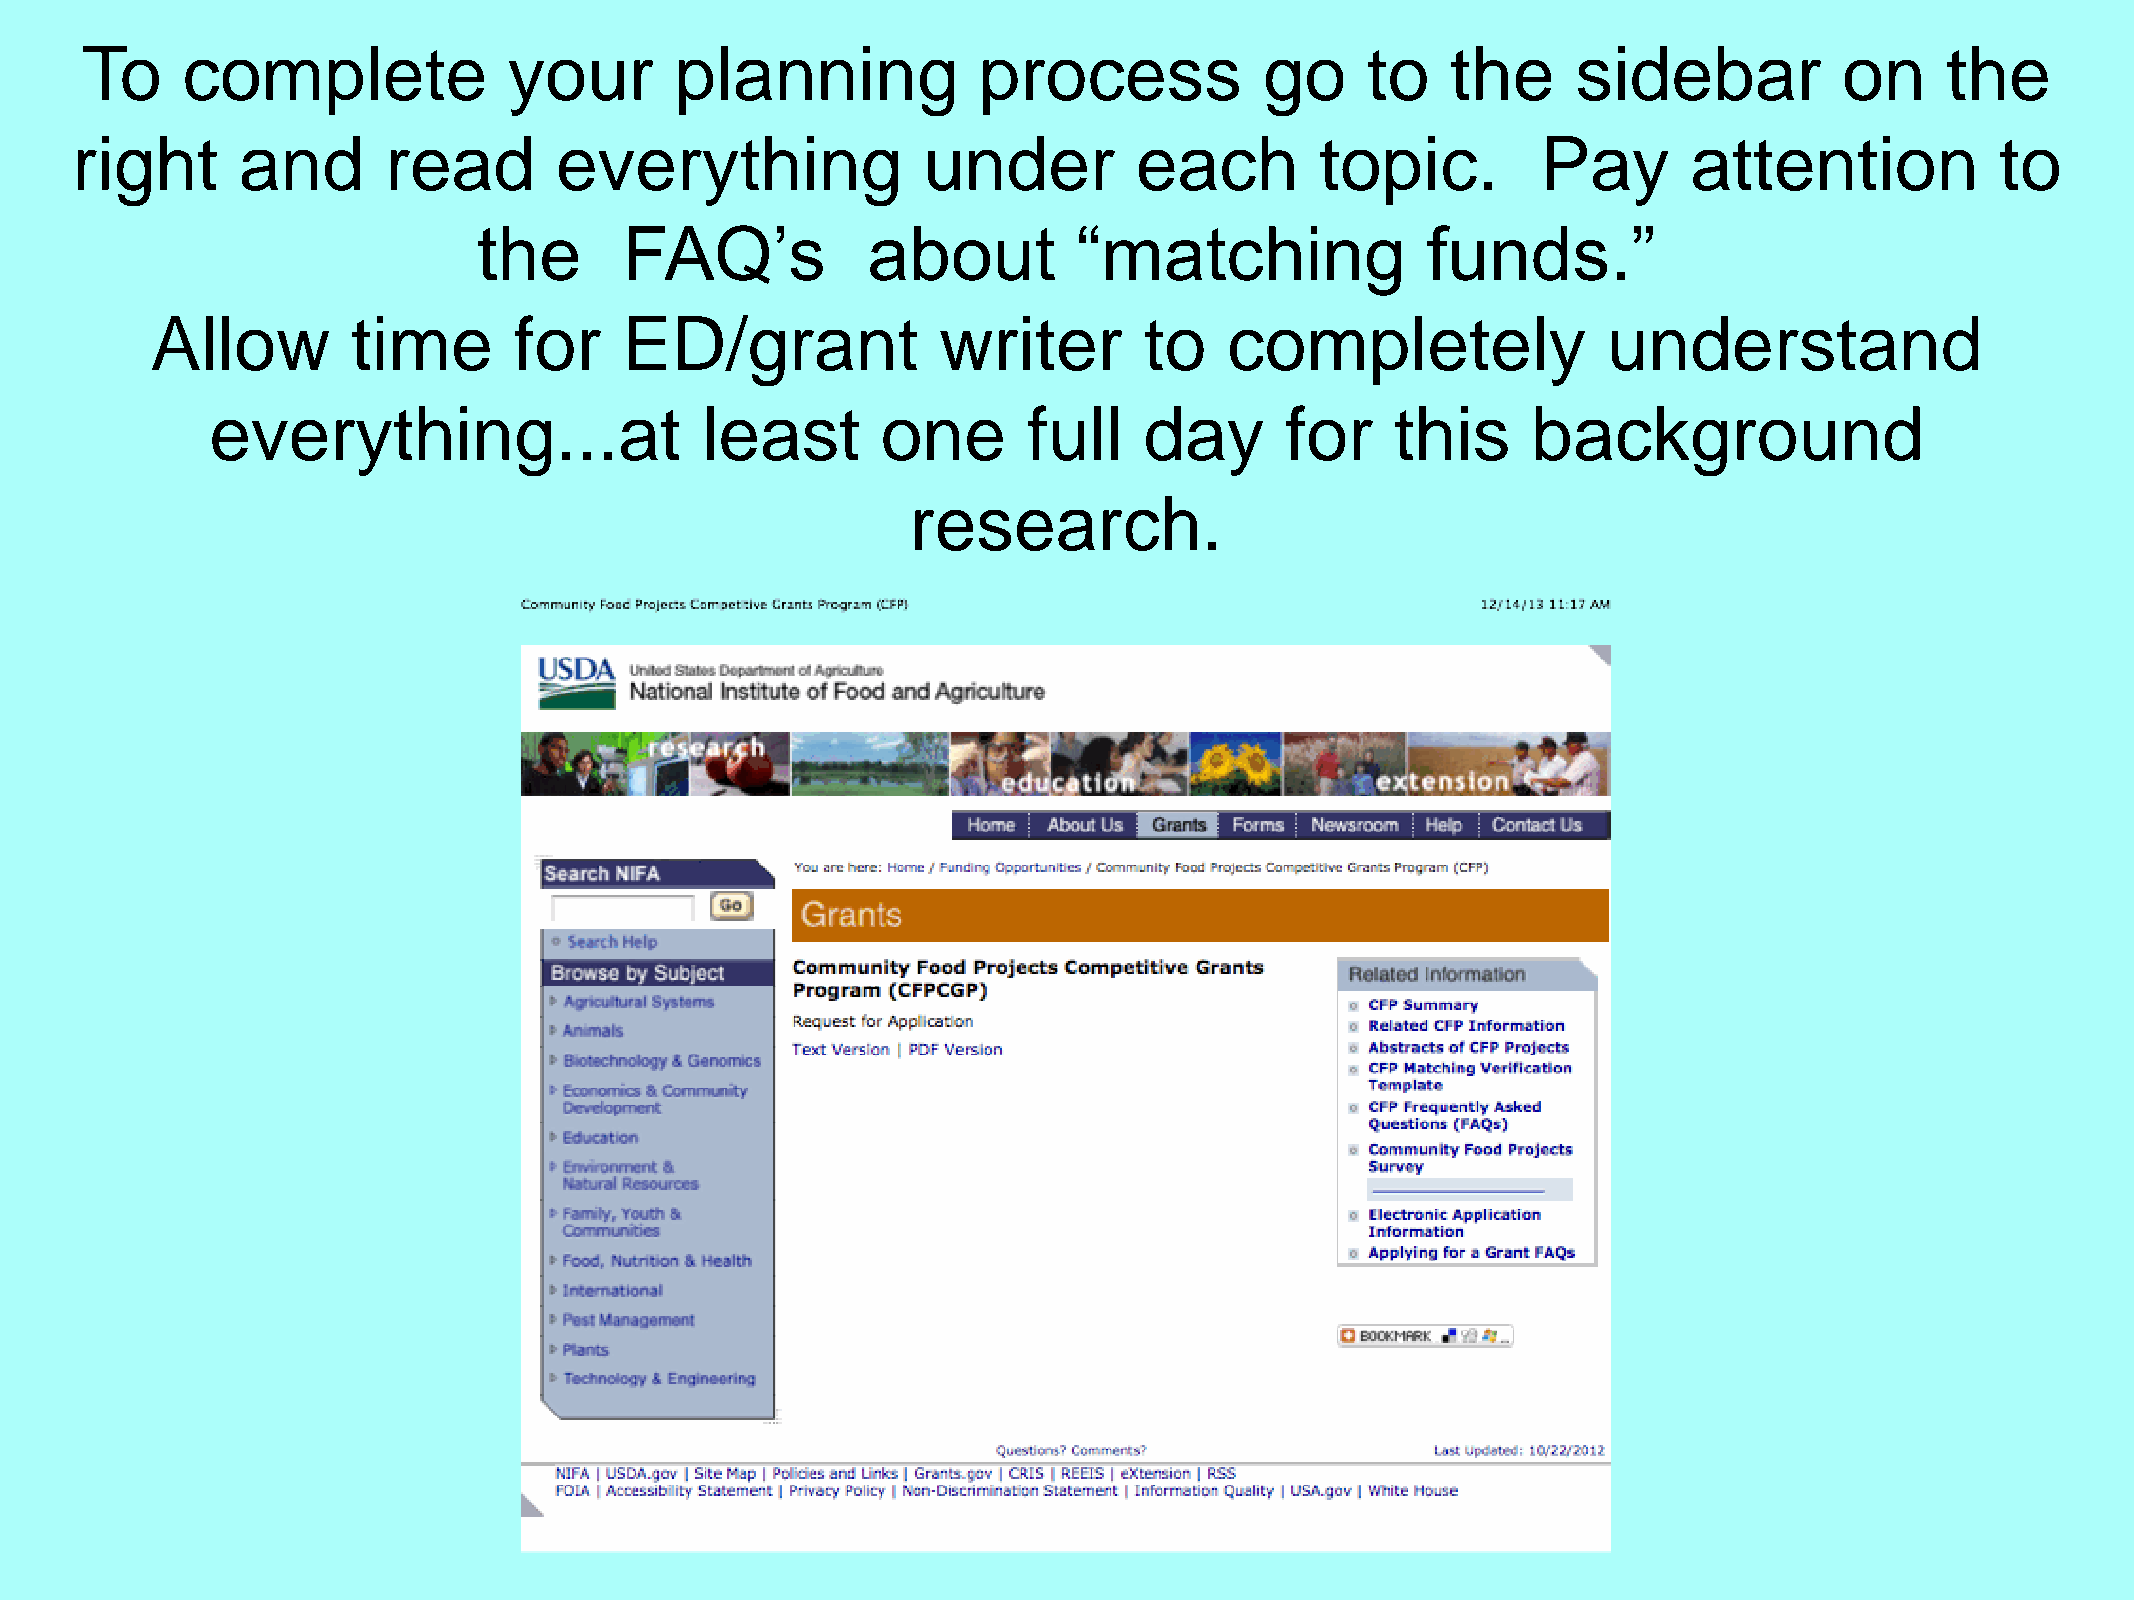
To     complete              your       planning            process            go    to    the     sidebar           on     the
 right      and      read        everything              under         each        topic.         Pay       attention           to
 the      FAQ’s           about         “matching              funds.”
 Allow        time       for    ED/grant             writer        to   completely               understand
 everything...at                 least       one       full    day      for    this     background
 research.